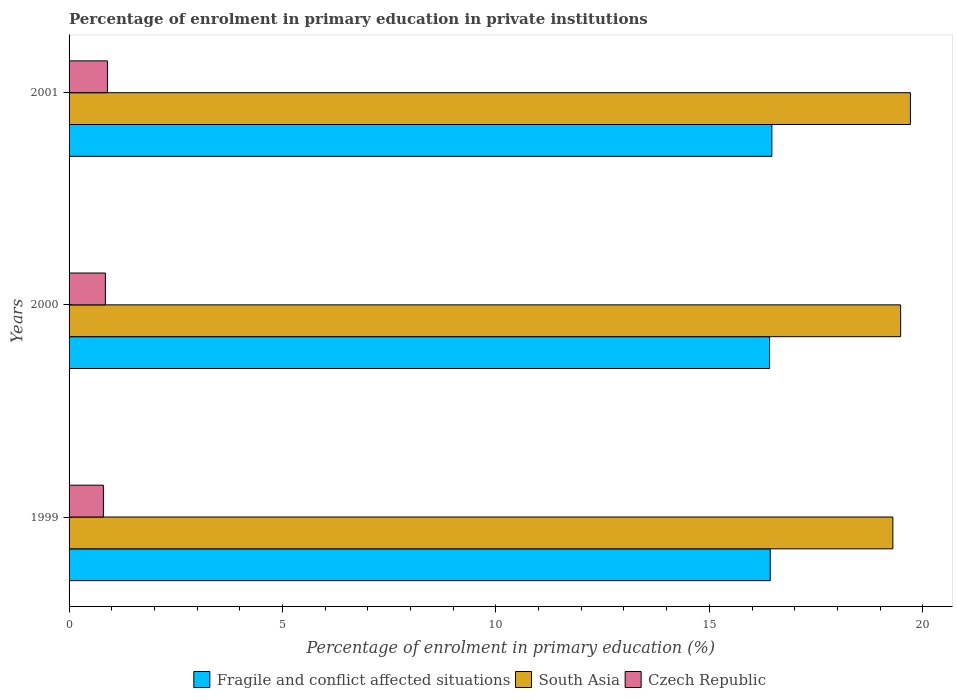
| Years | Fragile and conflict affected situations | South Asia | Czech Republic |
 | --- | --- | --- | --- |
 | 1999 | 16.4 | 19.3 | 0.804 |
 | 2000 | 16.4 | 19.5 | 0.851 |
 | 2001 | 16.5 | 19.7 | 0.899 |